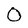
Character: 0